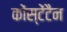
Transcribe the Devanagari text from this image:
कोंस्टेंटैन